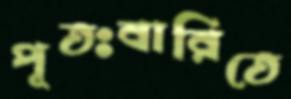
পূতঃবারিতে